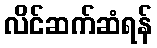
လိင်ဆက်ဆံရန်